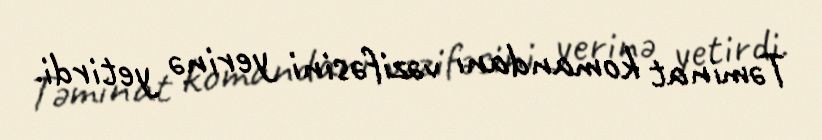
Təminat komandanı vəzifəsini yerinə yetirdi.